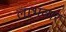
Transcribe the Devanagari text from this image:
लाभवार